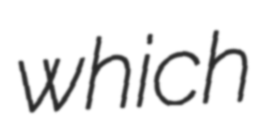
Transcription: which